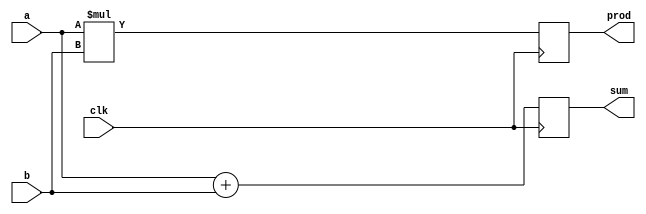
module behavioral_model (
    input wire clk,
    input wire [3:0] a,   // 4-bit input
    input wire [3:0] b,   // 4-bit input
    output reg [4:0] sum, // 5-bit output for sum
    output reg [4:0] prod // 5-bit output for product
);

// Signal Declaration
reg [4:0] temp_sum;
reg [4:0] temp_prod;

// Task to add two numbers
task add;
    input [3:0] x;
    input [3:0] y;
    begin
        temp_sum = x + y;  // Simple addition
    end
endtask

// Task to multiply two numbers
task multiply;
    input [3:0] x;
    input [3:0] y;
    begin
        temp_prod = x * y; // Simple multiplication
    end
endtask

// Continuous Assignment using non-blocking assignments
always @(posedge clk) begin
    // Invoke tasks
    add(a, b);        // Call add task
    multiply(a, b);  // Call multiply task

    // Assign results to output signals
    sum <= temp_sum; // Non-blocking assignment for sum
    prod <= temp_prod; // Non-blocking assignment for product
end

endmodule